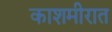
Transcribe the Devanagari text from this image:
काशमीरात